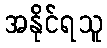
အနိုင်ရသူ